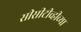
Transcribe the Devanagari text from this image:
सीसीटीव्हीच्या